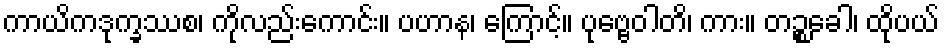
ကာယိကဒုက္ခဿစ၊ ကိုလည်းကောင်း။ ပဟာန၊ ကြောင့်။ ပုဗ္ဗေဝါတိ၊ ကား။ တဉ္စခေါ၊ ထိုပယ်